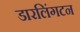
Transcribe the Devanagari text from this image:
डारलिंगटन